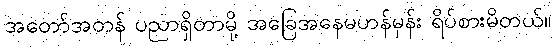
အတော်အတန် ပညာရှိတာမို့ အခြေအနေမဟန်မှန်း ရိပ်စားမိတယ်။